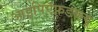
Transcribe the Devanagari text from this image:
आइपिऍफ़डब्ल्यू